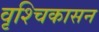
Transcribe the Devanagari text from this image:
वृश्चिकासन